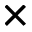
\times